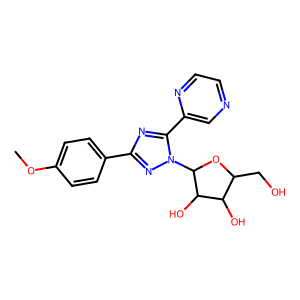
SMILES: COc1ccc(-c2nc(-c3cnccn3)n(C3OC(CO)C(O)C3O)n2)cc1
Inhibits HIV replication: No